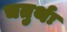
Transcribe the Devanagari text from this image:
चतुर्थः